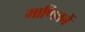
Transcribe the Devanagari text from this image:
माणिकों